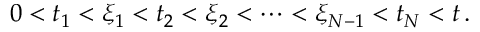
0 < t _ { 1 } < \xi _ { 1 } < t _ { 2 } < \xi _ { 2 } < \dots < \xi _ { N - 1 } < t _ { N } < t \, .